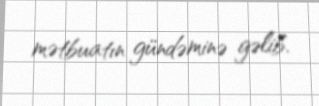
mətbuatın gündəminə gəlib.